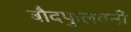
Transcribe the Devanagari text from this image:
बौदफुलवनी